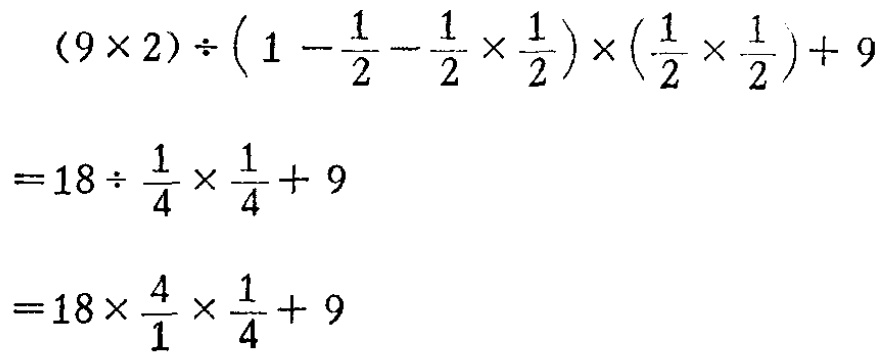
\((9\times 2)\div\left(1 - \frac{1}{2} - \frac{1}{2}\times\frac{1}{2}\right)\times\left(\frac{1}{2}\times\frac{1}{2}\right)+ 9\)

\(=18\div\frac{1}{4}\times\frac{1}{4}+ 9\)

\(=18\times\frac{4}{1}\times\frac{1}{4}+ 9\)